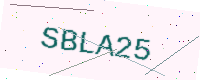
Text: SBLA25